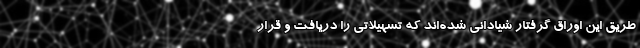
طریق این اوراق گرفتار شیادانی شده‌اند که تسهیلاتی را دریافت و قرار